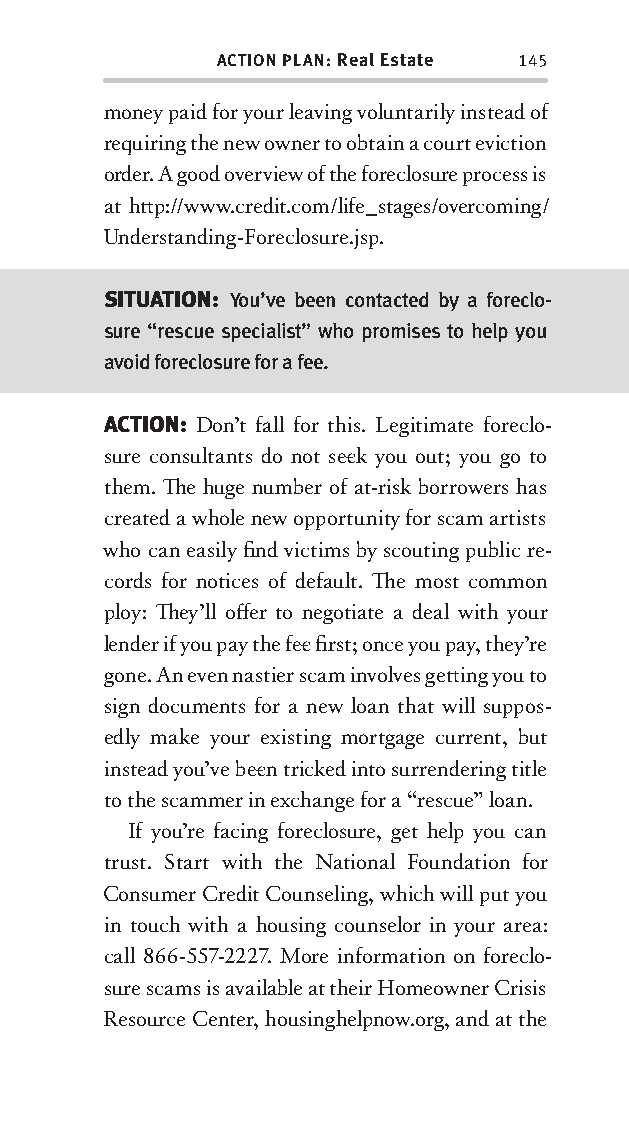
ACTION PLAN: Real Estate 145
 money paid for your leaving voluntarily instead of
 requiring the new owner to obtain a court eviction
 order. A good overview of the foreclosure process is
 at htt p://www.credit.com/life_stages/overcoming/
 Understanding-Foreclosure.jsp.
 SITUATION: You’ve been contacted by a foreclo-
 sure “rescue specialist” who promises to help you
 avoid foreclosure for a fee.
 ACTION: Don’t fall for this. Legitimate foreclo-
 sure consultants do not see k you out; you go to
 them. Th e huge number of at-risk borrowers has
 created a whole new opportunity for scam artists
 who can easily fi nd victims by scouting public re-
 cords for notices of default. Th e most common
 ploy: Th ey’ll off er to negotiate a deal with your
 lender if you pay the fee fi rst; once you pay, they’re
 gone. An even nastier scam involves gett ing you to
 sign documents for a new loan that will suppos-
 edly make your existing mortgage current, but
 instead you’ve bee n tricked into surrendering title
 to the scammer in exchange for a “rescue” loan.
 If you’re facing foreclosure, get help you can
 trust. Start with the National Foundation for
 Consumer Credit Counseling, which will put you
 in touch with a housing counselor in your area:
 call 866-557-2227. More information on foreclo-
 sure scams is available at their Homeowner Crisis
 Resource Center, housinghelpnow.org, and at the
 OOrrmmaa__99778800338855553300993344__44pp__aallll__rr11..iinndddd 114455 1122//33//0088 99::3311::2299 AAMM